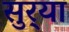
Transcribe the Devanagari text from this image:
सुर्‍या